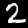
Digit: 2